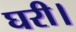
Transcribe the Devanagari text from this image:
घरी।